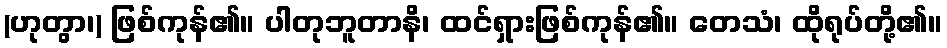
(ဟုတွာ၊) ဖြစ်ကုန်၏။ ပါတုဘူတာနိ၊ ထင်ရှားဖြစ်ကုန်၏။ တေသံ၊ ထိုရုပ်တို့၏။